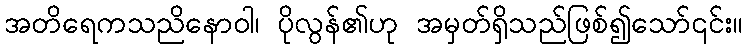
အတိရေကသညိနောဝါ၊ ပိုလွန်၏ဟု အမှတ်ရှိသည်ဖြစ်၍သော်၎င်း။